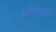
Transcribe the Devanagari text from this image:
शनिदेवाचे